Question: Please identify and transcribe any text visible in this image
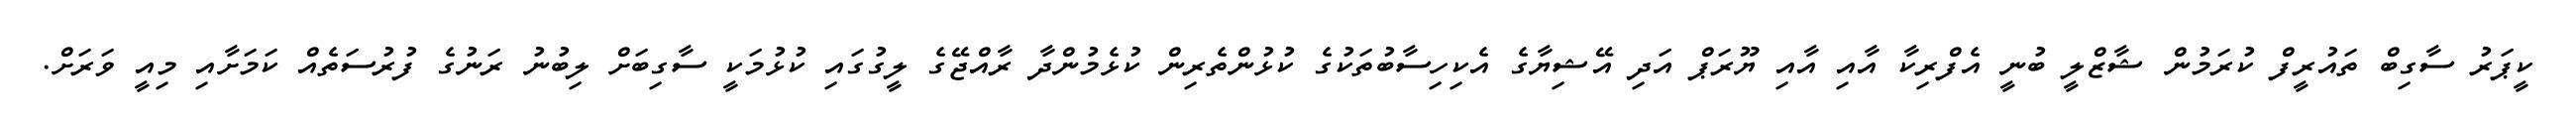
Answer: ކީޕަރު ސާގިބް ތައުރީފް ކުރަމުން ޝާޒްލީ ބުނީ އެފްރިކާ އާއި އާއި ޔޫރަޕް އަދި އޭޝިޔާގެ އެކިހިސާބުތަކުގެ ކުޅުންތެރިން ކުޅެމުންދާ ރާއްޖޭގެ ލީގުގައި ކުޅުމަކީ ސާގިބަށް ލިބުނު ރަނުގެ ފުރުސަތެއް ކަމަށާއި މިއީ ވަރަށް.